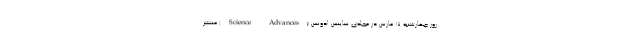
روز چهارشنبه ۱۷ مارس در مجله‌ی ساینس ادونس (Science Advances) منتشر